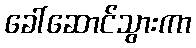
ခေါ်ဆောင်သွားကာ